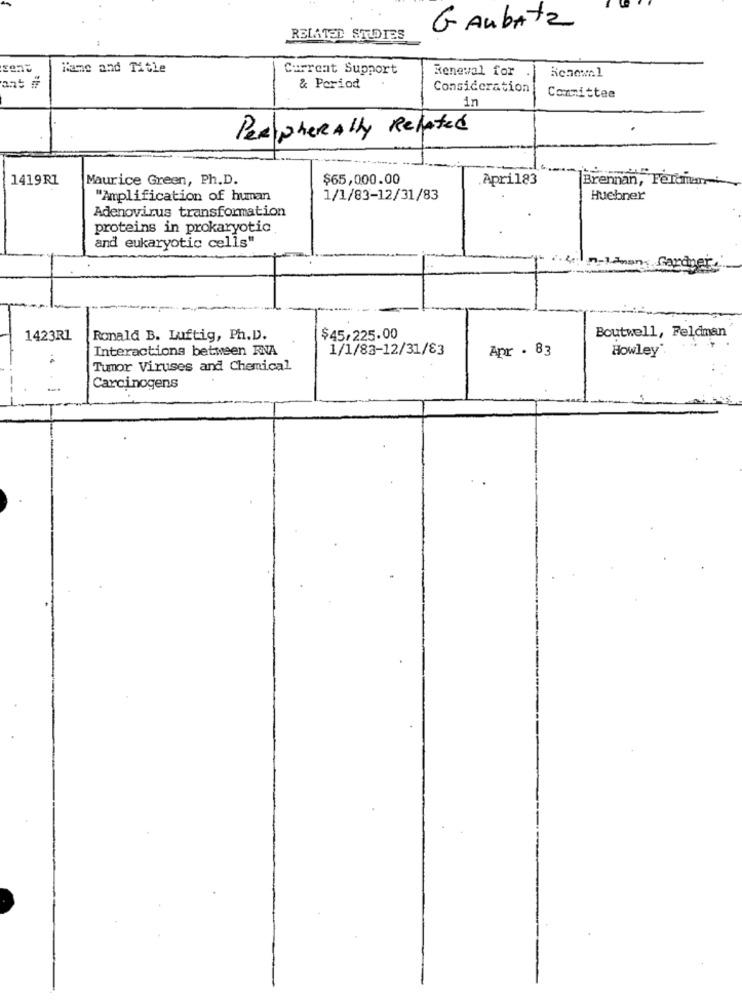
GAubAtz
RELATED STUDIES
Name and Title
Current Support
Renewal for
Renewal
& Period
Consideration
Committee
in
Peripherally Related
Related "
1419RZ
Maurice Green, Ph.D.
$65,000.00
.April83
Brennan, Feldman
"Amplification of human
1/1/83-12/31/83
Huebner
Adenovirus transformation
proteins in prokaryotic
and eukaryotic cells"
Boutwell, Feldman
1423R1
Ronald B. Luftig, Ph.D.
$45/225.00
Interactions between RNA
1/1/83-12/31/83
Apr . 83
Howley
Tumor Viruses and Chemical
Carcinogens